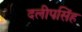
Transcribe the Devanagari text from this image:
दलीपसिंह